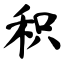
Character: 积